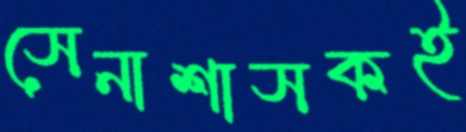
সেনাশাসকই